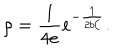
\rho = { \frac { 1 } { 4 e } } e ^ { - { \frac { 1 } { 2 b { \cal C } } } } .